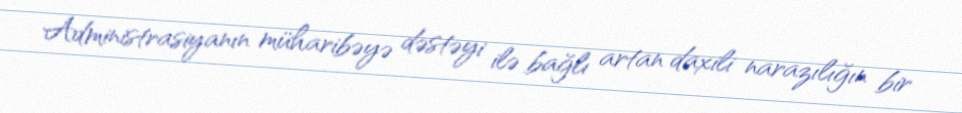
Administrasiyanın müharibəyə dəstəyi ilə bağlı artan daxili narazılığın bir